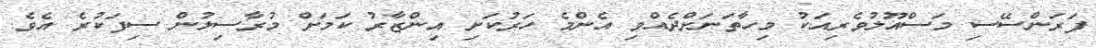
ފަރަންސޭސި މަސްއޫލުވެރިއަކު މިހާތަނަށްދެއްވި އެންމެ ހަރުކަށި އިންޒާރު ކަމަށް މުރާސިލުން ސިފަކުރެ އެވެ.